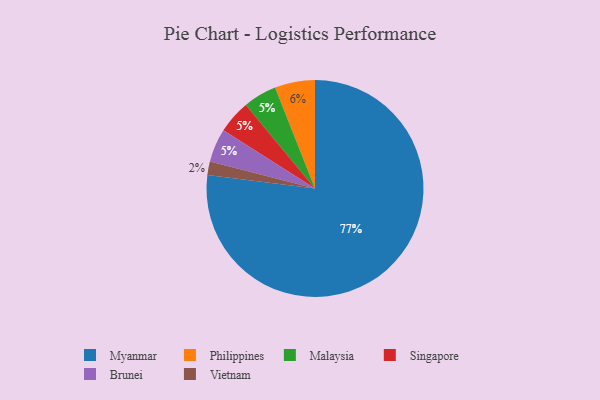
{"axis": {"x": "Category", "y": "Percentage"}, "legend": ["Brunei", "Malaysia", "Myanmar", "Philippines", "Singapore", "Vietnam"], "data": [{"x": "Vietnam", "y": 2, "type": "Vietnam"}, {"x": "Malaysia", "y": 5, "type": "Malaysia"}, {"x": "Philippines", "y": 6, "type": "Philippines"}, {"x": "Singapore", "y": 5, "type": "Singapore"}, {"x": "Brunei", "y": 5, "type": "Brunei"}, {"x": "Myanmar", "y": 77, "type": "Myanmar"}]}